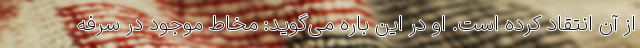
از آن انتقاد کرده است. او در این باره می‌گوید: مخاط موجود در سرفه